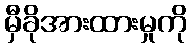
မှီခိုအားထားမှုကို